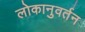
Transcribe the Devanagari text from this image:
लोकानुवर्तन